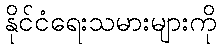
နိုင်ငံရေးသမားများကို